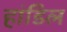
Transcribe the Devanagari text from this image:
हांडिल